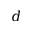
d